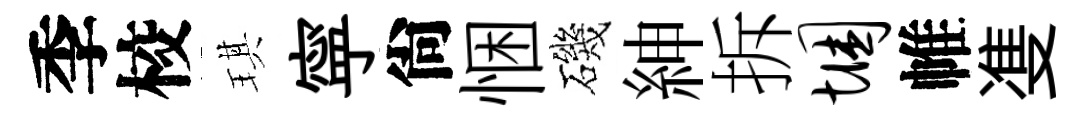
季校琪寜尙悃磯紳拆悃帷㕠